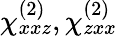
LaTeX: \chi_{xxz}^{(2)},\chi_{zxx}^{(2)}